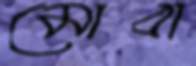
মোবা